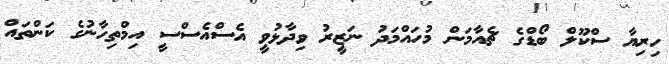
ހިރިޔާ ސްކޫލް ބޯޑްގެ ޗެއާމަން މުހައްމަދު ނަޒީރު ވިދާޅުވީ އެސްއެސްސީ އިމްތިހާނުގެ ކަންތައް